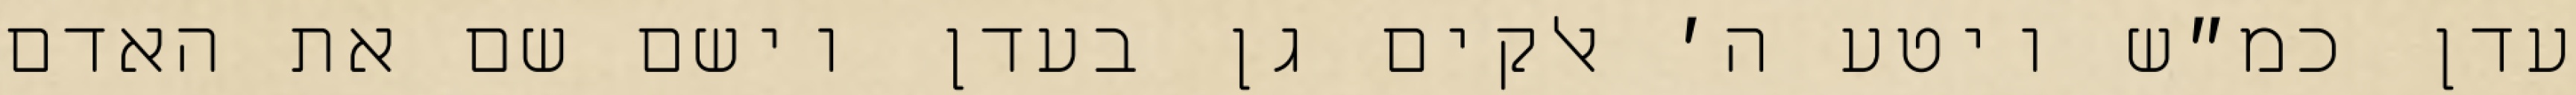
עדן כמ״ש ויטע ה׳ אלקים גן בעדן וישם שם את האדם